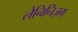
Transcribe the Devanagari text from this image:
लेनिनिज़म